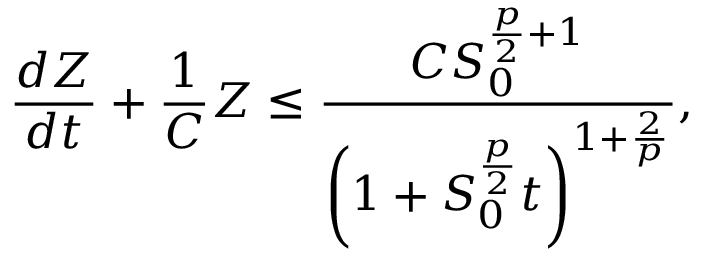
\frac { d Z } { d t } + \frac { 1 } { C } Z \le \frac { C S _ { 0 } ^ { \frac { p } { 2 } + 1 } } { \left( 1 + S _ { 0 } ^ { \frac { p } { 2 } } t \right) ^ { 1 + \frac { 2 } { p } } } ,